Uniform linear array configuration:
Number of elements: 12
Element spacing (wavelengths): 0.5
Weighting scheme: hann
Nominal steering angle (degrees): -30
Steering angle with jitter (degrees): -28.494
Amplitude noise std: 0.05
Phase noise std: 0.05

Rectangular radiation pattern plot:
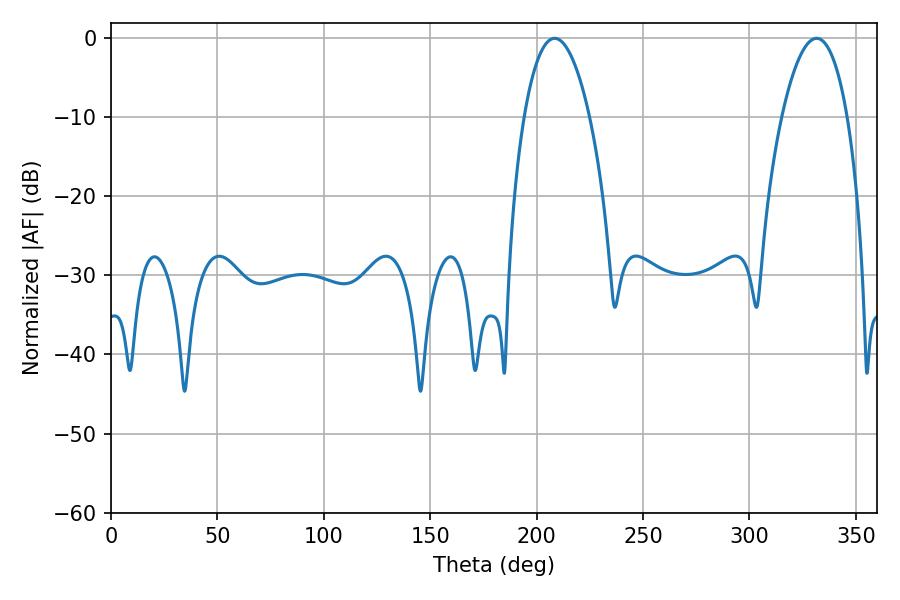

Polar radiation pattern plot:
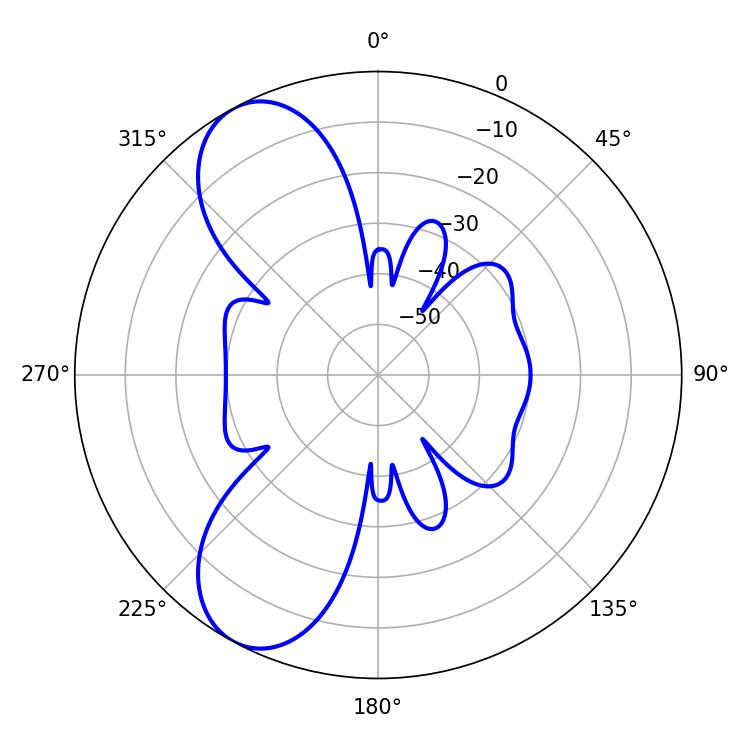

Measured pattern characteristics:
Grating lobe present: FALSE
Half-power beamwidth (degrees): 17.28
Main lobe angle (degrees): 208.44